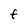
Character: F